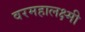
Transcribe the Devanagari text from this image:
वरमहालक्ष्मी